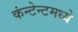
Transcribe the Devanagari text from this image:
कंन्टेन्टमध्ये